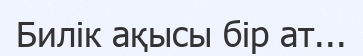
Билік ақысы бір ат...